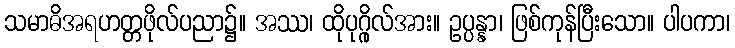
သမာဓိအရဟတ္တဖိုလ်ပညာ၌။ အဿ၊ ထိုပုဂ္ဂိုလ်အား။ ဥပ္ပန္နာ၊ ဖြစ်ကုန်ပြီးသော။ ပါပကာ၊